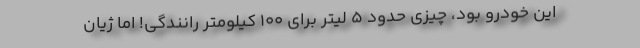
این خودرو بود، چیزی حدود 5 لیتر برای 100 کیلومتر رانندگی! اما ژیان